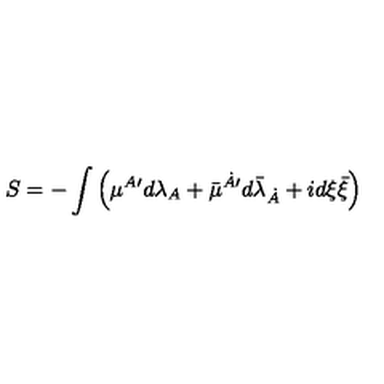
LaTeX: S = - \int \left( { \mu } { } ^ { A \prime } d \lambda _ { A } + \bar { \mu } { } ^ { \dot { A } \prime } d { \bar { \lambda } } _ { \dot { A } } + i d { \xi } \bar { \xi } \right)